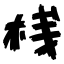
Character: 桟